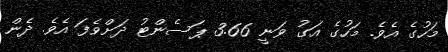
މަހުގެ އެވެ. މަހުގެ އަގު ވަނީ 3.66 ޕަސެންޓު ދަށްވެފަ އެވެ. ދެން